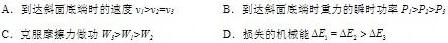
A. 到达斜面底端时的速度$v_{1}>v_{2}>v_{3}$
B. 到达斜面底端时重力的瞬时功率$P_{1}>P_{2}>P_{3}$
C. 克服摩擦力做功$W_{1}>W_{2}>W_{3}$
D. 损失的机械能$\Delta E_{1}=\Delta E_{2}>\Delta E_{3}$